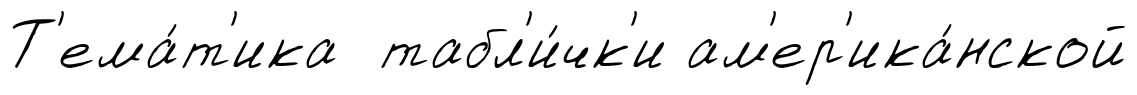
Т'ема́т'ика табл'и́чк'и ам'ер'ика́нской